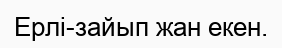
Ерлі-зайып жан екен.